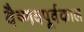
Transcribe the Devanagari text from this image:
वैष्णवपूर्वकाल